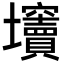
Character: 𡔍